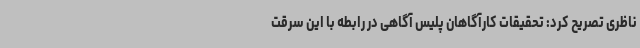
ناظری تصریح کرد: تحقیقات کارآگاهان پلیس آگاهی در رابطه با این سرقت